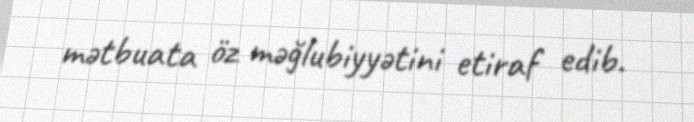
mətbuata öz məğlubiyyətini etiraf edib.